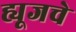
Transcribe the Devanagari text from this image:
ह्यूजचे